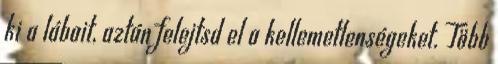
ki a lábait, aztán felejtsd el a kellemetlenségeket. Több